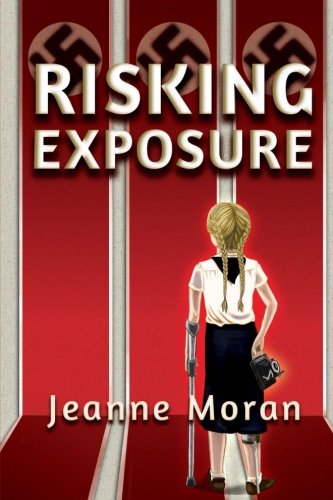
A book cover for Risking Exposure; Jeanne Moran; Teen & Young Adult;